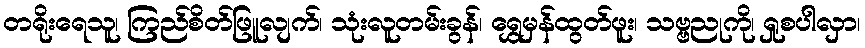
တရိုးရေသူ၊ ကြည်စိတ်ဖြူလျက်၊ သုံးလူတမ်းခွန်၊ ရွှေမှန်ထွတ်ဖူး၊ သဗ္ဗညုကို၊ ရှုစပါလှာ၊